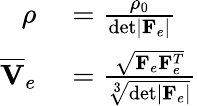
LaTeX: \begin{array}{rl}{\rho}&{{}=\frac{\rho_{0}}{\mathrm{det}|\mathbf{F}_{e}|}}\\ {\overline{{\mathbf{V}}}_{e}}&{{}=\frac{\sqrt{\mathbf{F}_{e}\mathbf{F}_{e}^{T}}}{\sqrt[3]{\mathrm{det}|\mathbf{F}_{e}|}}}\end{array}